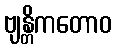
ဗျန္တိကတောဝ